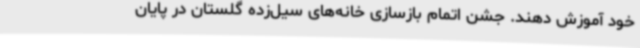
خود آموزش دهند. جشن اتمام بازسازی خانه‌های سیل‌زده گلستان در پایان